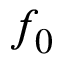
f _ { 0 }